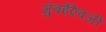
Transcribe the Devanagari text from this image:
मुंबईऐवजी